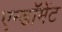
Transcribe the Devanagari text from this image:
एन्‍डॉमेंट